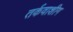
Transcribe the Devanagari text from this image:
तर्कवाशीग